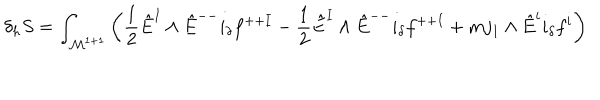
\delta _ { h } S = \int _ { { \cal M } ^ { 1 + 1 } } \left( { \frac { 1 } { 2 } } \hat { E } ^ { I } \wedge \hat { E } ^ { -- } i _ { \delta } f ^ { + + I } - { \frac { 1 } { 2 } } \hat { E } ^ { I } \wedge \hat { E } ^ { -- } i _ { \delta } f ^ { + + I } + m j _ { 1 } \wedge \hat { E } ^ { i } i _ { \delta } f ^ { i } \right)